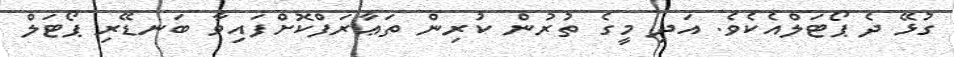
ގުޅޭ ދެ ޕޯޓަލްއެކެވެ. އަދި މީގެ ތުރުން ކުރިން ތަޢާރަފްކޮށްފައިވާ ބަނޑޭރި ޕޯޓަލް